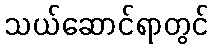
သယ်ဆောင်ရာတွင်